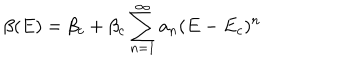
\beta ( E ) = \beta _ { c } + \beta _ { c } \sum _ { n = 1 } ^ { \infty } a _ { n } ( E - E _ { c } ) ^ { n }